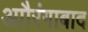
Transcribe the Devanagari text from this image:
आौरंगाबाद